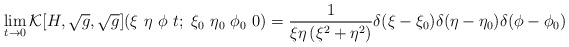
\begin{align*}\lim_{t \rightarrow 0} {\cal K}[H,\sqrt{g},\sqrt{g}](\xi ~ \eta ~\phi ~ t; ~\xi _0 ~ \eta _0 ~ \phi _0 ~ 0) = \frac{1}{\xi \eta \left(\xi^2 + \eta^2 \right)}\delta (\xi -\xi_0)\delta(\eta -\eta _0)\delta (\phi -\phi _0) \end{align*}